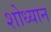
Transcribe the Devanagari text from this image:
शोध्यान